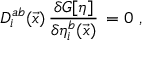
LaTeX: D _ { i } ^ { a b } ( \vec { x } ) \, \frac { \delta { \cal G } [ \eta ] } { \delta \eta _ { i } ^ { b } ( \vec { x } ) } \, = 0 \, \, ,